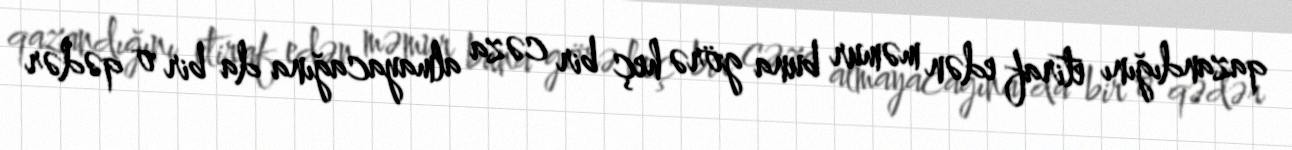
qazandığını etiraf edən məmur buna görə heç bir cəza almayacağına da bir o qədər